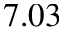
7 . 0 3